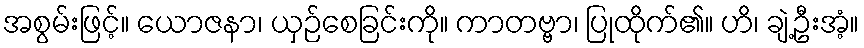
အစွမ်းဖြင့်။ ယောဇနာ၊ ယှဉ်စေခြင်းကို။ ကာတဗ္ဗာ၊ ပြုထိုက်၏။ ဟိ၊ ချဲ့ဦးအံ့။